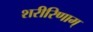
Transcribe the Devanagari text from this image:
शरीरिणाम्